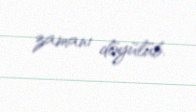
zamanı döyülüb.